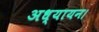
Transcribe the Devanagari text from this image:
अध्यायन।